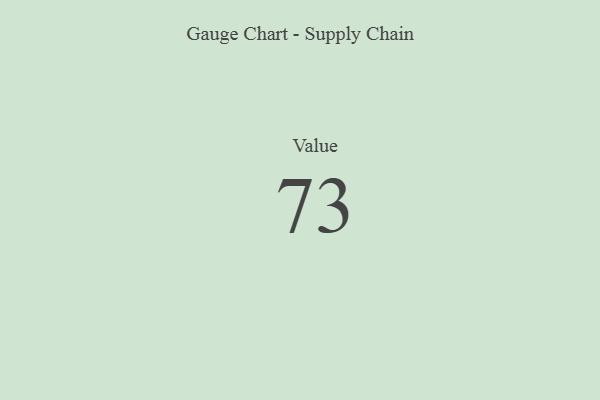
{"axis": {"x": "Metric", "y": "Value"}, "legend": [""], "data": [{"x": "Value", "y": 73, "type": ""}]}